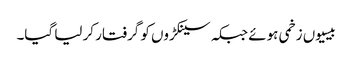
بیسیوں زخمی ہوئے جبکہ سینکڑوں کو گرفتار کر لیا گیا۔